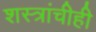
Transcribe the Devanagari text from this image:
शस्त्रांचीही